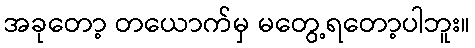
အခုတော့ တယောက်မှ မတွေ့ရတော့ပါဘူး။